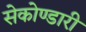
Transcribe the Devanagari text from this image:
सेकोण्डारी